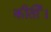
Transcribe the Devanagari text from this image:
कीर्ती।